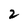
Character: 2